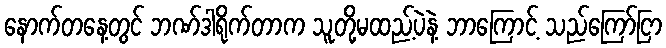
နောက်တနေ့တွင် ဘဏ်ဒါရိုက်တာက သူတို့မထည့်ပဲနဲ့ ဘာကြောင့် သည်ကြော်ငြာ